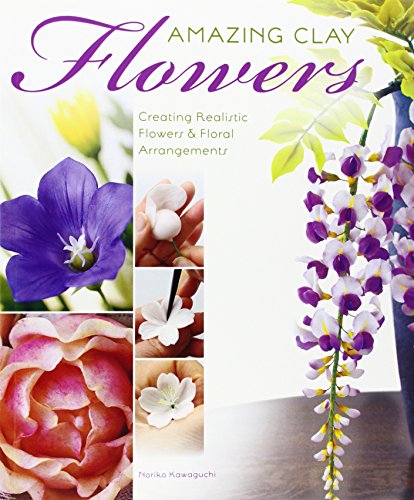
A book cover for Amazing Clay Flowers; Noriko Kawaguchi; Crafts, Hobbies & Home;